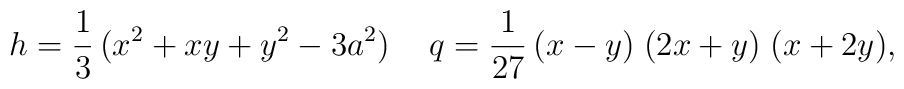
h=\frac{1}{3}\, (x^{2} + xy + y^{2} - 3 a^{2}) \hspace{0.5cm}q=\frac{1}{27}\, (x-y)\; (2x+y)\; (x+2y),